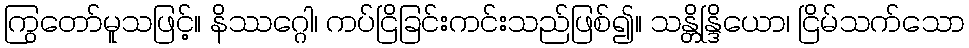
ကြွတော်မူသဖြင့်။ နိဿဂ္ဂေါ၊ ကပ်ငြိခြင်းကင်းသည်ဖြစ်၍။ သန္တိန္ဒြိယော၊ ငြိမ်သက်သော